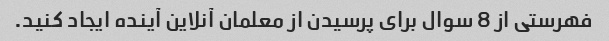
فهرستی از 8 سوال برای پرسیدن از معلمان آنلاین آینده ایجاد کنید.